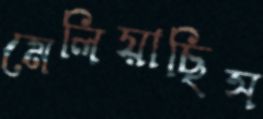
মেলিয়াছিস